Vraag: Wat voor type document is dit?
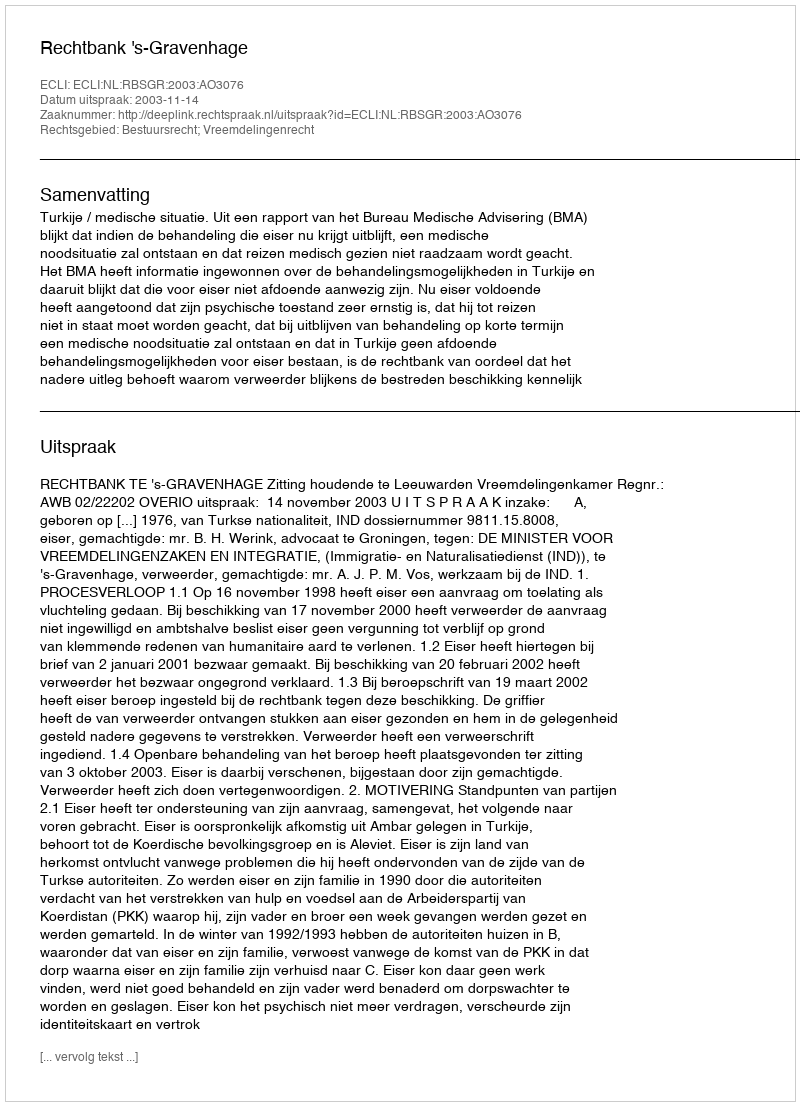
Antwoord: Uitspraak